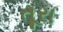
તૂરા